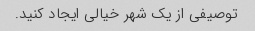
توصیفی از یک شهر خیالی ایجاد کنید.